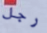
رجل